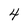
Character: 4